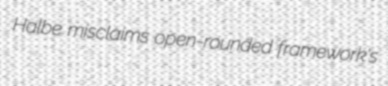
Halbe misclaims open-rounded framework's